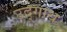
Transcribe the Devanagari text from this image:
उद्गाथ